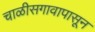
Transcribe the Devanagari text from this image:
चाळीसगावापासून